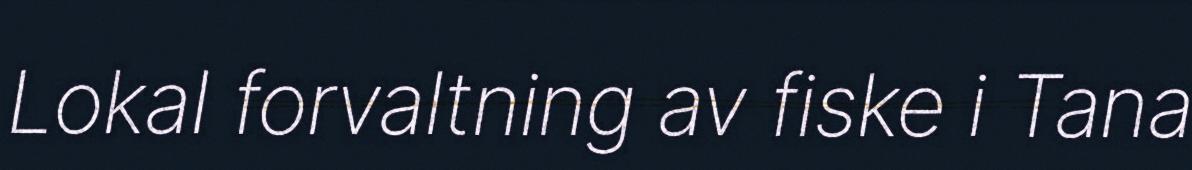
Lokal forvaltning av fiske i Tana